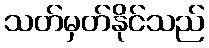
သတ်မှတ်နိုင်သည်